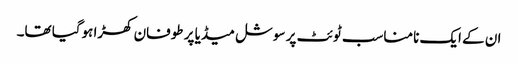
ان کے ایک نامناسب ٹوئٹ پر سوشل میڈیا پر طوفان کھڑا ہوگیا تھا۔